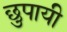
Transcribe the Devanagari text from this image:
छुपायी